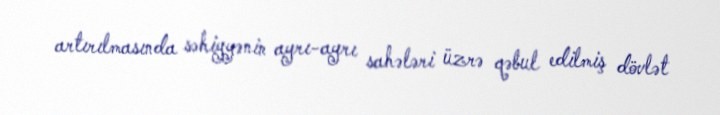
artırılmasında səhiyyənin ayrı-ayrı sahələri üzrə qəbul edilmiş dövlət